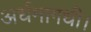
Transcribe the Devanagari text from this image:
अर्धमागधी।